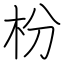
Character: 枌